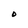
Character: O